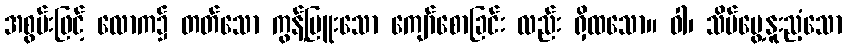
အစွမ်းဖြင့် လောက၌ တတ်သော ကွန့်မြူးသော ကျော်စောခြင်း လည်း ရှိထသော။ ဝါ၊ သိမ်မွေ့နူးညံ့သော